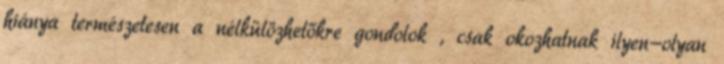
hiánya természetesen a nélkülözhetőkre gondolok , csak okozhatnak ilyen-olyan